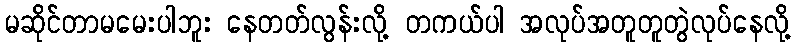
မဆိုင်တာမမေးပါဘူး နေတတ်လွန်းလို့ တကယ်ပါ အလုပ်အတူတူတွဲလုပ်နေလို့